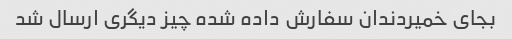
بجای خمیردندان سفارش داده شده چیز دیگری ارسال شد